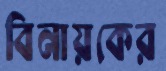
বিনায়কের